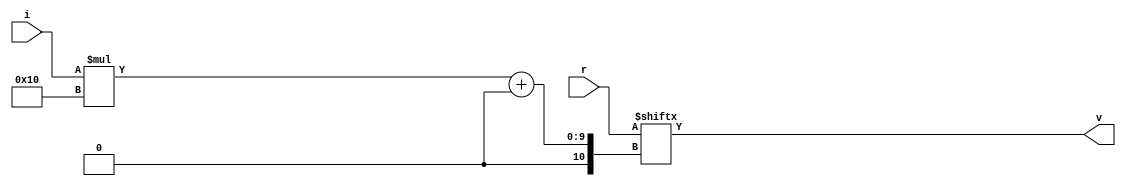
module register_selector(input[3:0] i, input[255:0] r, output[15:0] v);
  assign v = r[i*16 +: 16];
endmodule